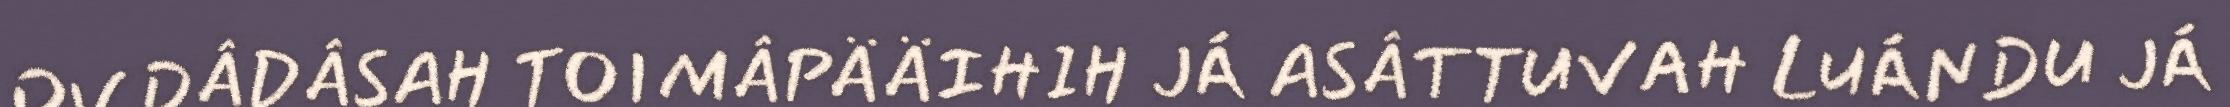
OVDÂDÂSAH TOIMÂPÄÄIHIH JÁ ASÂTTUVAH LUÁNDU JÁ